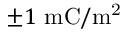
\pm 1 ~ \mathrm { m C } / \mathrm { m ^ { 2 } }